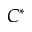
C ^ { * }